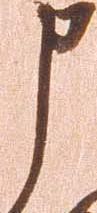
申